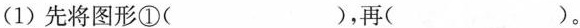
(1)先将图形①()，再()。